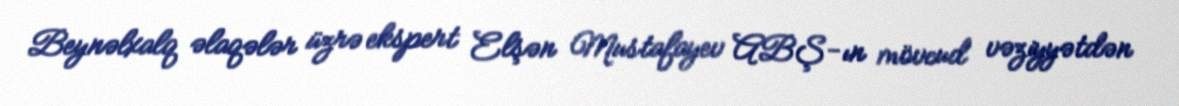
Beynəlxalq əlaqələr üzrə ekspert Elşən Mustafayev ABŞ-ın mövcud vəziyyətdən